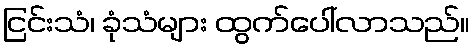
ငြင်းသံ၊ ခုံသံများ ထွက်ပေါ်လာသည်။